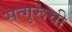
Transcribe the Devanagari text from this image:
सत्गुरूंची